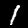
Digit: 1